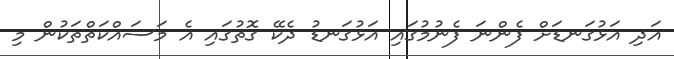
އަދި އަޅުގަނޑަށް ފެންނަ ފެނުމުގައި އަޅުގަނޑު ދެކޭ ގޮތުގައި އެ މަސައްކަތްތަކުން މި